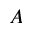
A